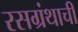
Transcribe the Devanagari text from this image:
रसग्रंथाची